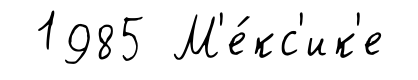
1985 М'е́кс'ик'е